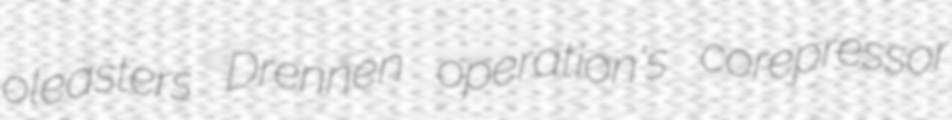
oleasters Drennen operation's corepressor